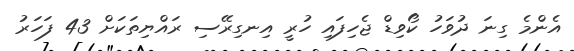
އެންމެ ގިނަ ދުވަހު ކޯވިޑް ޖެހިފައި ހުރީ އިނގިރޭސި ރައްޔިތަކަށް 43 ފަހަރު